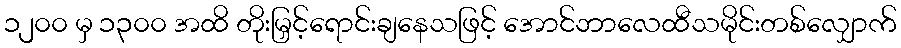
၁၂၀၀ မှ ၁၃၀၀ အထိ တိုးမြှင့်ရောင်းချနေသဖြင့် အောင်ဘာလေထီသမိုင်းတစ်လျှောက်